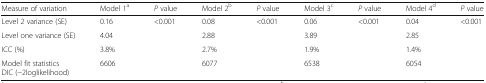
| Measure of variation | Model 1a | P value | Model 2b | P value | Model 3c | P value | Model 4d | P value |
 | --- | --- | --- | --- | --- | --- | --- | --- | --- |
 | Level 2 variance (SE) | 0.16 | <ROWSPAN=4> <0.001 | 0.08 | <ROWSPAN=4> <0.001 | 0.06 | <ROWSPAN=4> <0.001 | 0.04 | <ROWSPAN=4> <0.001 |
 | Level one variance (SE) | 4.04 | 2.88 | 3.89 | 2.85 |
 | ICC (%) | 3.8% | 2.7% | 1.9% | 1.4% |
 | Model fit statisticsDIC (−2loglikelihood) | 6606 | 6077 | 6538 | 6054 |